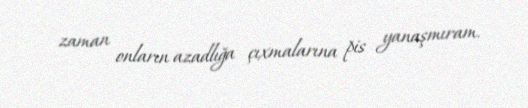
zaman onların azadlığa çıxmalarına pis yanaşmıram.